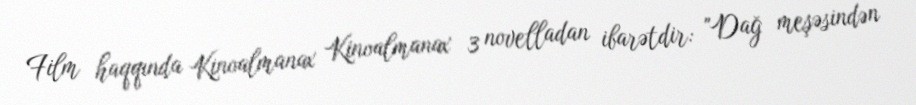
Film haqqında Kinoalmanax Kinoalmanax 3 novelladan ibarətdir: "Dağ meşəsindən